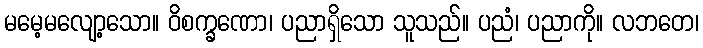
မမေ့မလျော့သော။ ဝိစက္ခဏော၊ ပညာရှိသော သူသည်။ ပညံ၊ ပညာကို။ လဘတေ၊